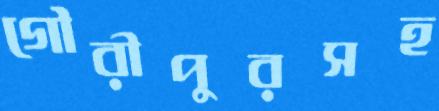
গৌরীপুরসহ